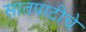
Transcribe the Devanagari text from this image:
सातपाटीचे